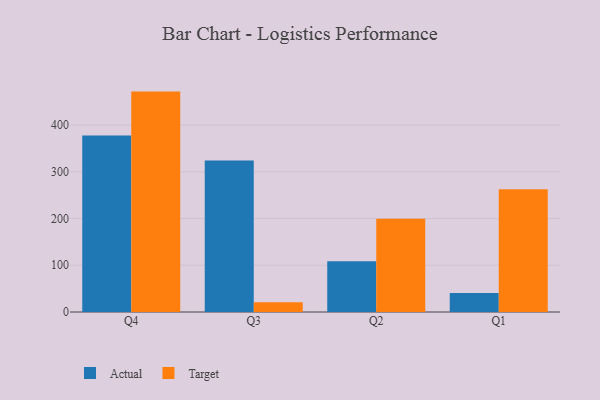
{"axis": {"x": "Quarter", "y": "Market Share (%)"}, "legend": ["Actual", "Target"], "data": [{"x": "Q4", "y": 377.6, "type": "Actual"}, {"x": "Q4", "y": 471.6, "type": "Target"}, {"x": "Q3", "y": 324.4, "type": "Actual"}, {"x": "Q3", "y": 21.0, "type": "Target"}, {"x": "Q2", "y": 108.5, "type": "Actual"}, {"x": "Q2", "y": 199.7, "type": "Target"}, {"x": "Q1", "y": 40.5, "type": "Actual"}, {"x": "Q1", "y": 262.6, "type": "Target"}]}